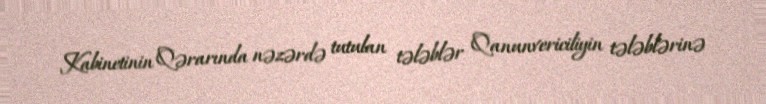
Kabinetinin Qərarında nəzərdə tutulan tələblər Qanunvericiliyin tələblərinə